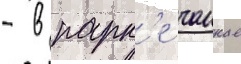
- в парк'е чанкае